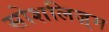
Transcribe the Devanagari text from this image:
सोशलिज़्म